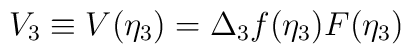
V_3 \equiv V(\eta_3) =  \Delta_3 f(\eta_3) F(\eta_3)